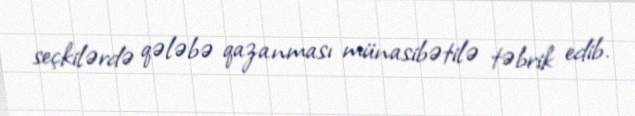
seçkilərdə qələbə qazanması münasibətilə təbrik edib.